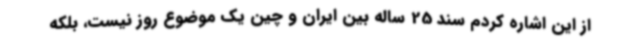
از این اشاره کردم سند 25 ساله بین ایران و چین یک موضوع روز نیست، بلکه